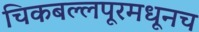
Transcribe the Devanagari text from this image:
चिकबल्लपूरमधूनच